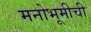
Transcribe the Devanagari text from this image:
मनोभूमीची